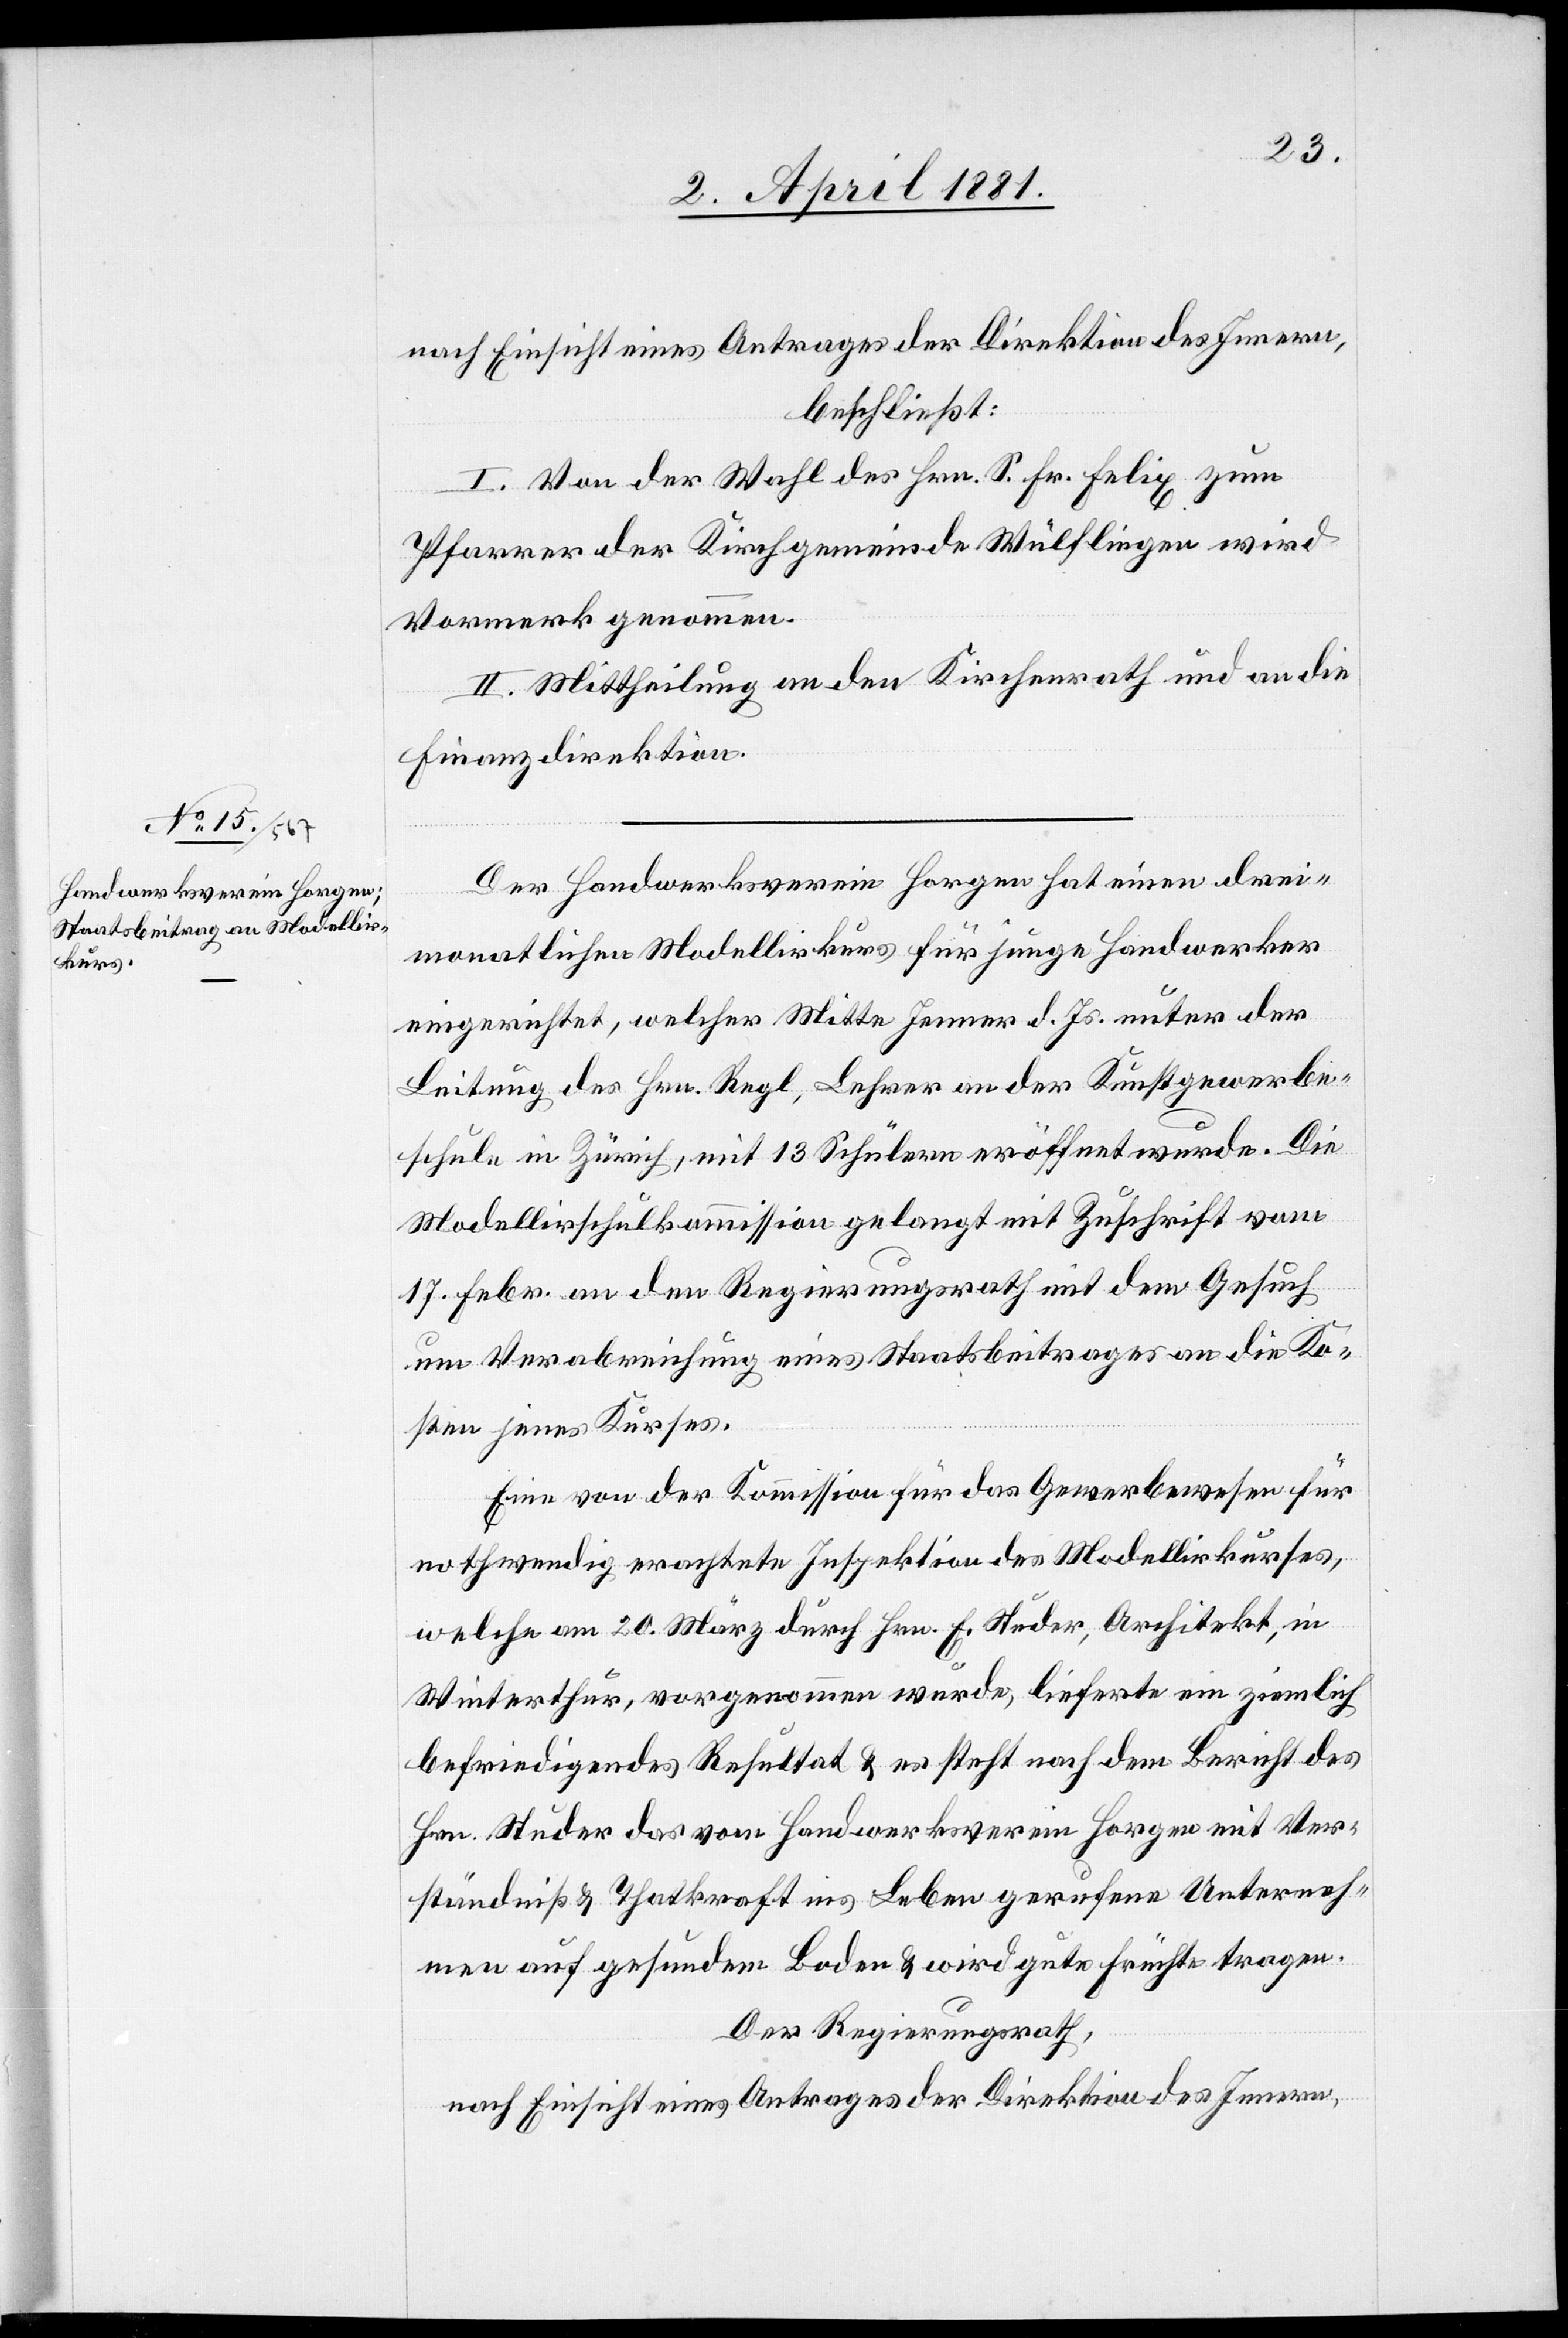
nach Einsicht eines Antrages der Direktion des Innern,
beschließt:
I. Von der Wahl des Hrn. S. Fr. Felix zum
Pfarrer der Kirchgemeinde Wülflingen wird
Vormerk genommen.
II. Mittheilung an den Kirchenrath und an die
Finanzdirektion.
Der Handwerksverein Horgen hat einen drei¬
monatlichen Modellirkurs für junge Handwerker
eingerichtet, welcher Mitte Jenner d. Js. unter der
Leitung des Hrn. Regl, Lehrer an der Kunstgewerbe¬
schule in Zürich, mit 13 Schülern eröffnet wurde. Die
Modellirschulkommission gelangt mit Zuschrift vom
17. Febr. an den Regierungsrath mit dem Gesuch
um Verabreichung eines Staatsbeitrages an die Ko¬
sten jenes Kurses.
Eine von der Kommission für das Gewerbewesen für
nothwendig erachtete Inspektion des Modellirkurses,
welche am 20. März durch Hrn. E. Studer, Architekt, in
Winterthur, vorgenommen wurde, lieferte ein ziemlich
befriedigendes Resultat & es steht noch dem Bericht des
Hrn. Studer das vom Handwerksverein Horgen mit Ver¬
ständniß & Thatkraft ins Leben gerufene Unterneh¬
men auf gesundem Boden & wird gute Früchte tragen.
Der Regierungsrath,
nach Einsicht eines Antrages der Direktion des Innern,